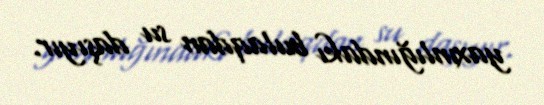
yaxınlığındakı bulaqdan su daşıyır.